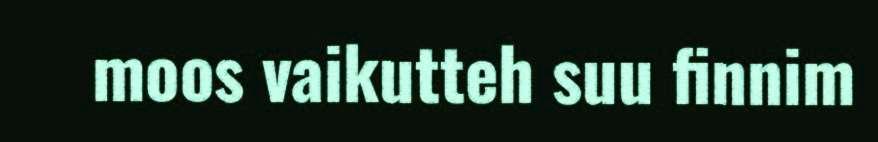
moos vaikutteh suu finnim